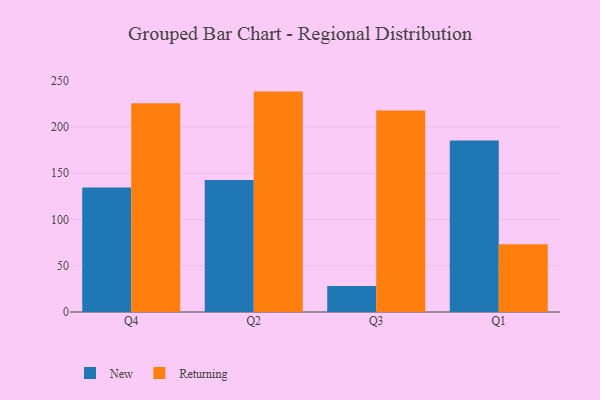
{"axis": {"x": "Quarter", "y": "Demand Index"}, "legend": ["New", "Returning"], "data": [{"x": "Q4", "y": 134.5, "type": "New"}, {"x": "Q4", "y": 225.7, "type": "Returning"}, {"x": "Q2", "y": 142.7, "type": "New"}, {"x": "Q2", "y": 238.2, "type": "Returning"}, {"x": "Q3", "y": 28.2, "type": "New"}, {"x": "Q3", "y": 217.7, "type": "Returning"}, {"x": "Q1", "y": 185.3, "type": "New"}, {"x": "Q1", "y": 73.1, "type": "Returning"}]}